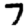
Digit: 7